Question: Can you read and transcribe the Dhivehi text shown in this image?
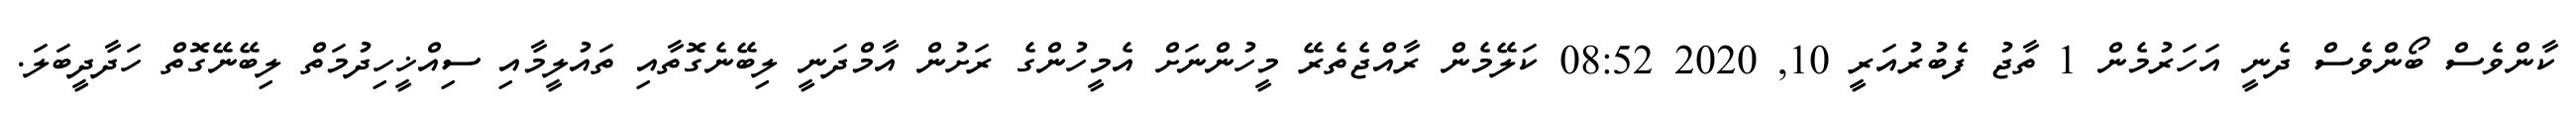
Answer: ކާންވެސް ބޯންވެސް ދެނީ އަހަރުމެން 1 ތާޖު ފެބުރުއަރީ 10, 2020 08:52 ކަލޭމެން ރާއްޖެތެރޭ މީހުންނަށް އެމީހުންގެ ރަށުން އާމްދަނީ ލިބޭނެގޮތާއި ތައުލީމާއި ސިއްޚީހިދުމަތް ލިބޭނޭގޮތް ހަދާދީބަލަ.